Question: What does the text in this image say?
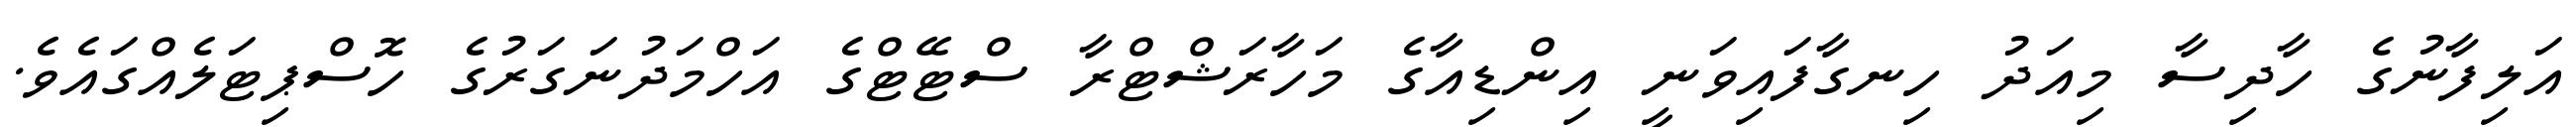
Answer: އަލިފާނުގެ ހާދިސާ މިއަދު ހިނގާފައިވަނީ އިންޑިއާގެ މަހާރަޝްޓްރާ ސްޓޭޓްގެ އަހްމަދުނަގަރުގެ ހޮސްޕިޓަލެއްގައެވެ.